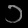
Digit: ၁